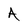
Character: A